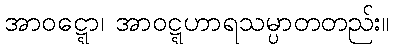
အာဝဋ္ဋော၊ အာဝဋ္ဋဟာရသမ္ပာတတည်း။